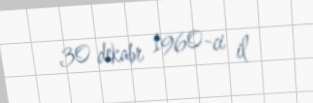
30 dekabr 1960-ci il